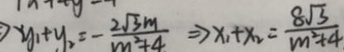
y _ { 1 } + y _ { 2 } = - \frac { 2 \sqrt { 3 } m } { m ^ { 2 } + 4 } \rightarrow x _ { 1 } + x _ { 2 } = \frac { 8 \sqrt { 3 } } { m ^ { 2 } + 4 }